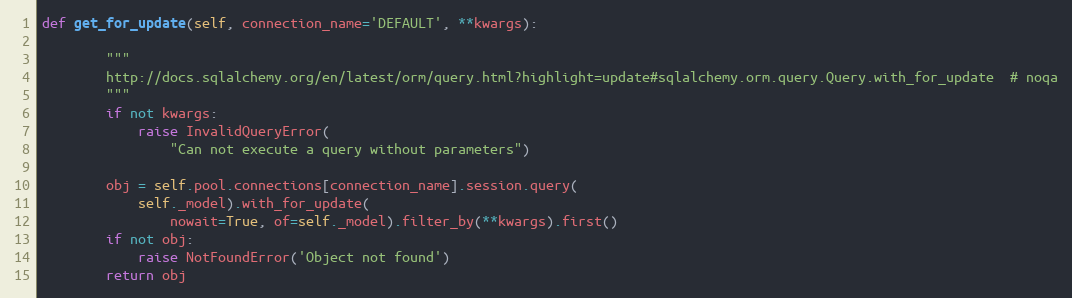
Language: Python
def get_for_update(self, connection_name='DEFAULT', **kwargs):

        """
        http://docs.sqlalchemy.org/en/latest/orm/query.html?highlight=update#sqlalchemy.orm.query.Query.with_for_update  # noqa
        """
        if not kwargs:
            raise InvalidQueryError(
                "Can not execute a query without parameters")

        obj = self.pool.connections[connection_name].session.query(
            self._model).with_for_update(
                nowait=True, of=self._model).filter_by(**kwargs).first()
        if not obj:
            raise NotFoundError('Object not found')
        return obj